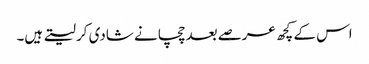
اس کے کچھ عرصے بعد چچا نے شادی کر لیتے ہیں۔